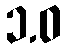
၁.ဝ